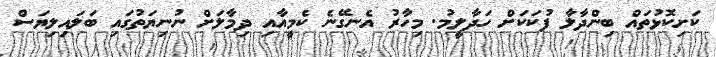
ކަށިކޮޅުތައް ބިންދާލާ ފުކަކަށް ހަދާލީމު. މިހާރު އެނގޭނެ ކެމީއާއި ދިމާލަށް ނުނިޔަތުގައި ބަލައިލިޔަސް